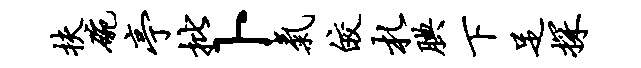
扶碗亭批卜气皎札腆下足探